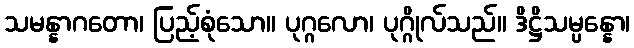
သမန္နာဂတော၊ ပြည့်စုံသော။ ပုဂ္ဂလော၊ ပုဂ္ဂိုလ်သည်။ ဒိဋ္ဌိသမ္ပန္နော၊